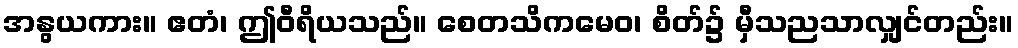
အနွယကား။ ဧတံ၊ ဤဝီရိယသည်။ စေတသိကမေဝ၊ စိတ်၌ မှီသညသာလျှင်တည်း။